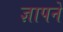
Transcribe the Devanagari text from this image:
ज्ञापने